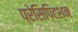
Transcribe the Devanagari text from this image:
प्रेसिपिटशन